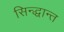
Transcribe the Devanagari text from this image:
सिन्द्धान्त